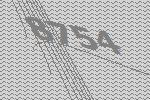
8754